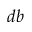
d b